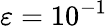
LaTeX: \varepsilon=10^{-1}